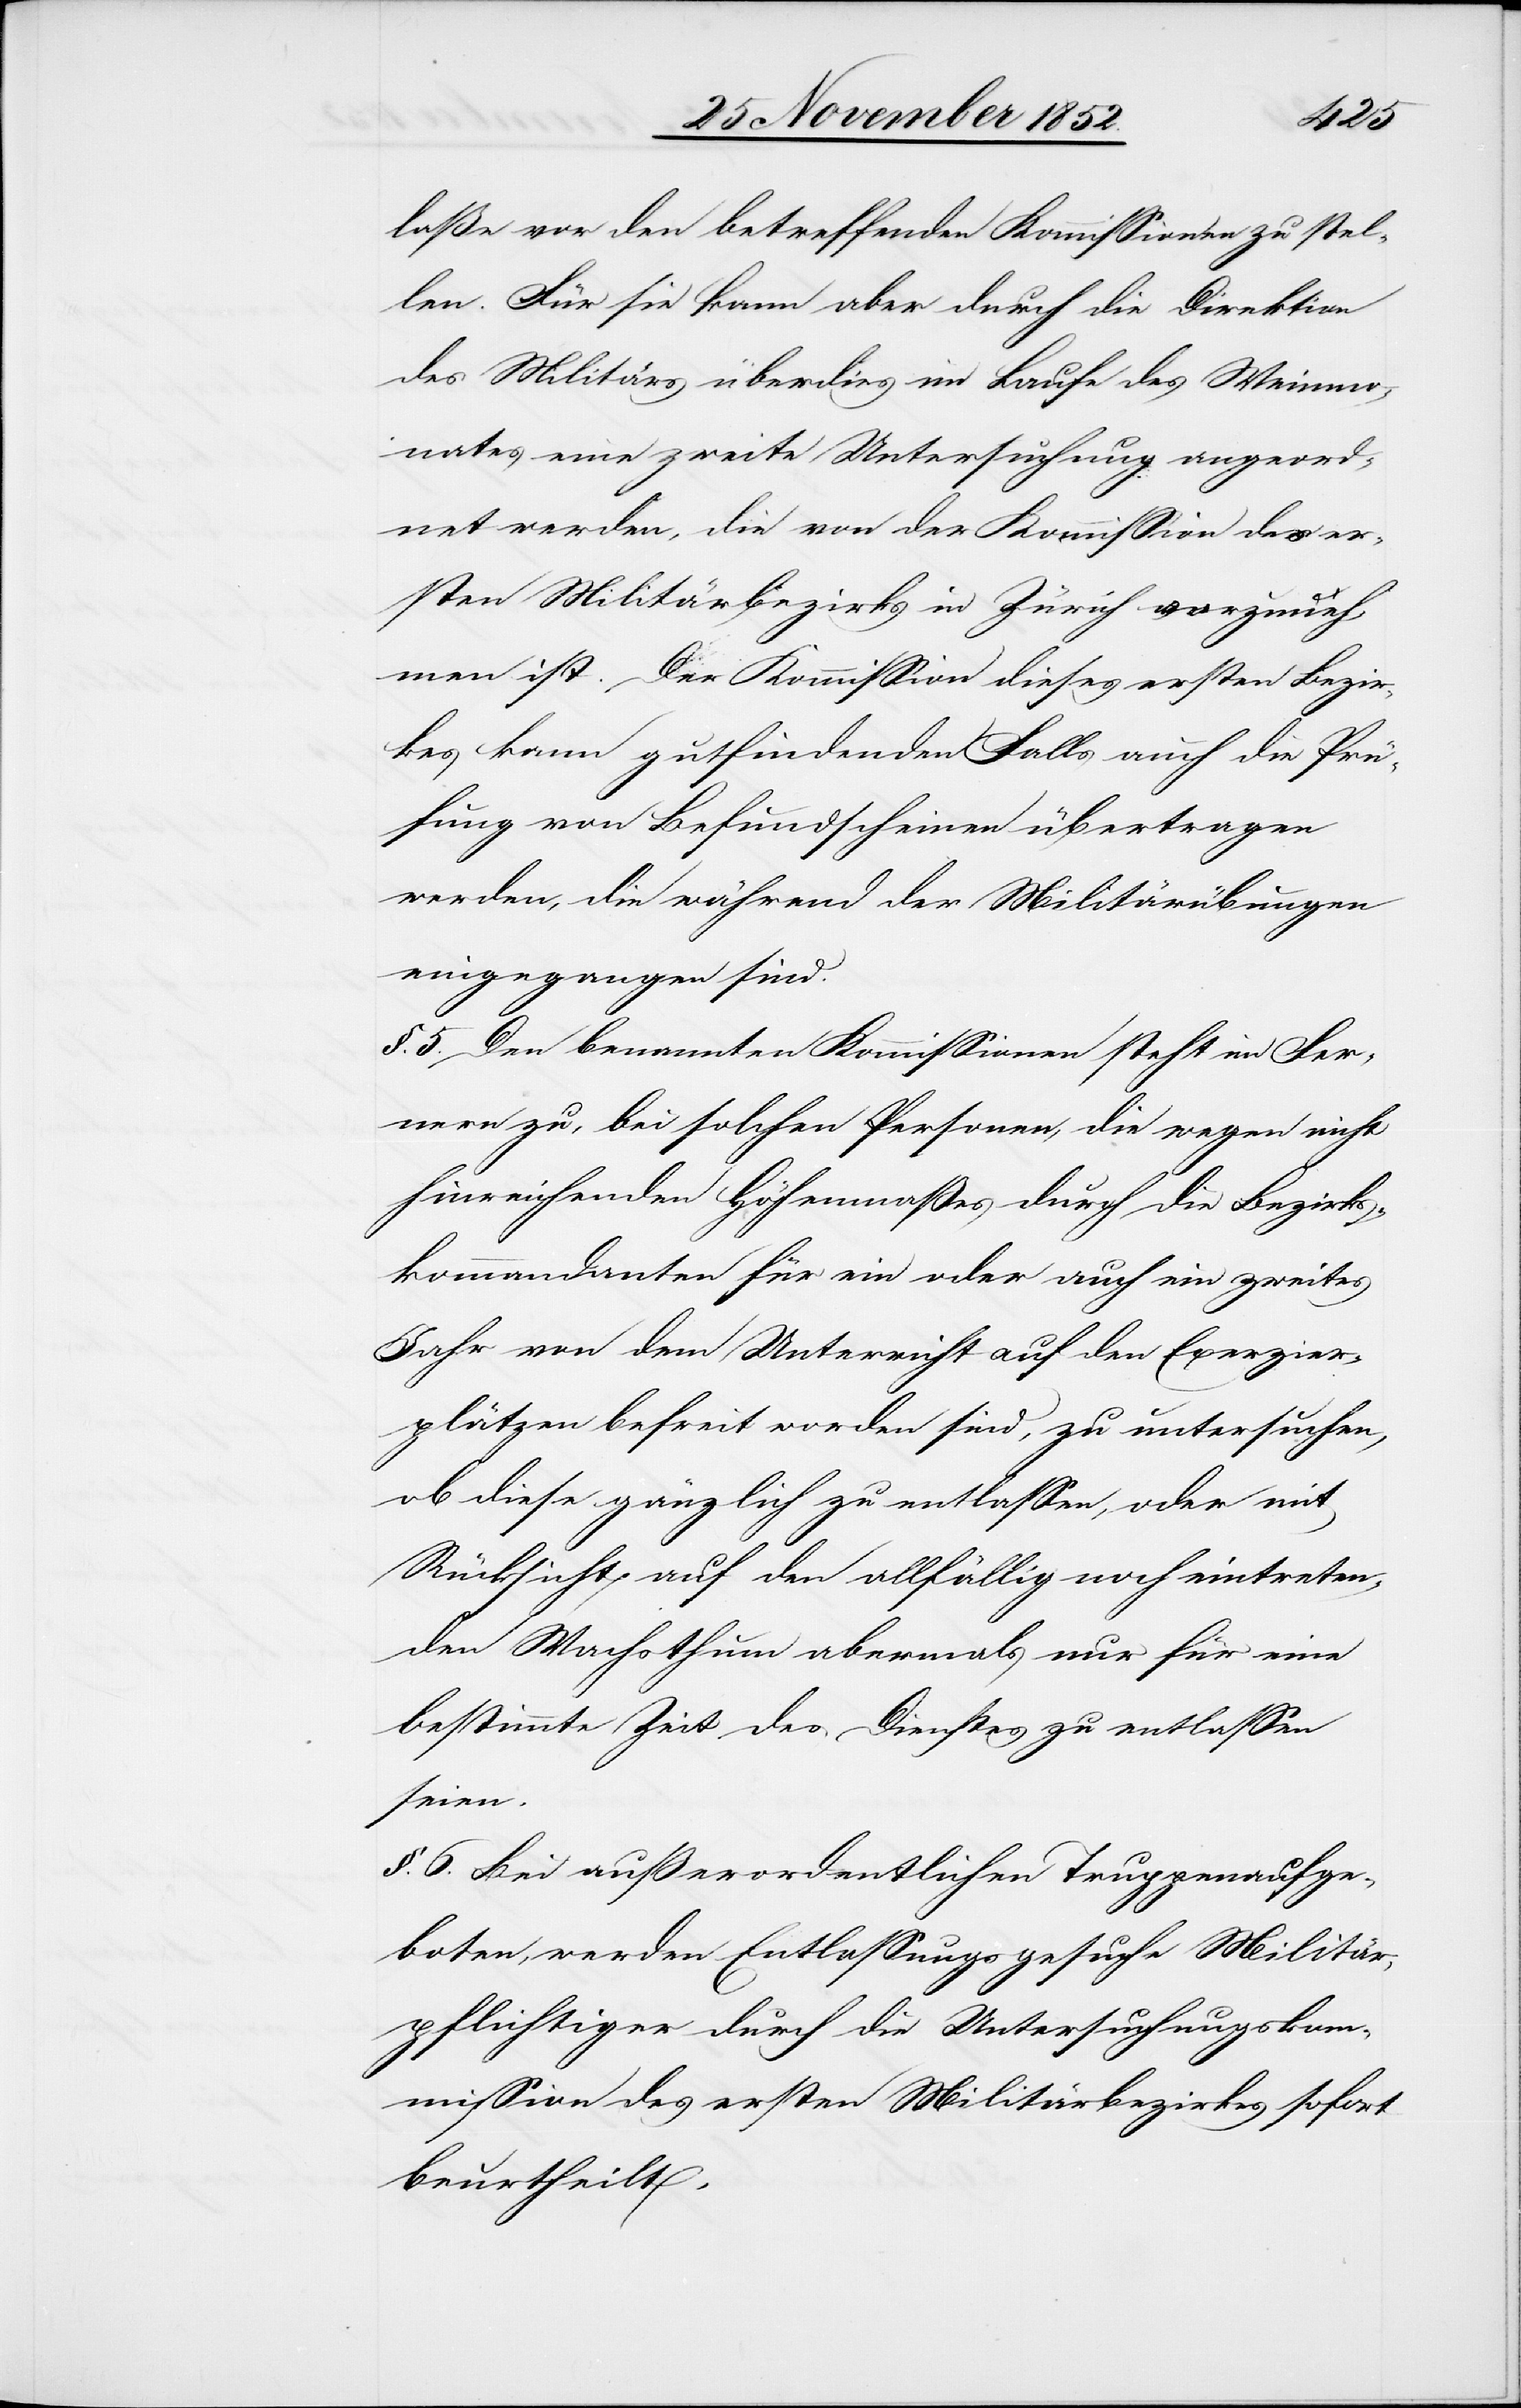
laße vor den betreffenden Kommissionen zu stel¬
len. Für sie kann aber durch die Direktion
des Militärs überdies im Laufe des Weinmo¬
nates eine zweite Untersuchung angeord¬
net werden, die von der Kommission des er¬
sten Militärbezirks in Zürich vorzuneh¬
men ist. Der Kommission dieses ersten Bezir¬
kes kann gutfindenden Falls auch die Prü¬
fung von Befundscheinen übertragen
werden, die während der Militärübungen
eingegangen sind.
§. 5. Den benannten Kommissionen steht im Fer¬
nern zu, bei solchen Personen, die wegen nicht
hinreichenden Höhenmaßes durch die Bezirks¬
kommandanten für ein oder auch ein zweites
Jahr von dem Unterricht auf den Exerzier¬
plätzen befreit worden sind, zu untersuchen,
ob diese gänzlich zu entlassen, oder mit
Rücksicht auf den allfällig noch eintreten¬
den Wachsthum abermals nur für eine
bestimmte Zeit des Dienstes zu entlassen
seien.
§. 6. Bei außerordentlichen Truppenaufge¬
boten, werden Entlassungsgesuche Militär¬
pflichtiger durch die Untersuchungskom¬
mission des ersten Militärbezirkes sofort
beurtheilt.